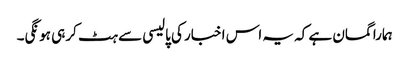
ہمارا گمان ہے کہ یہ اس اخبار کی پالیسی سے ہٹ کر ہی ہونگی۔